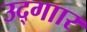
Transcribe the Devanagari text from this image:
उद्गाार